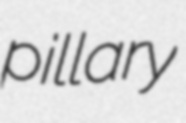
pillary